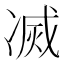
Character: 㓕